Medical and sanitary report of the native army of Madras for the year
Year: 1877
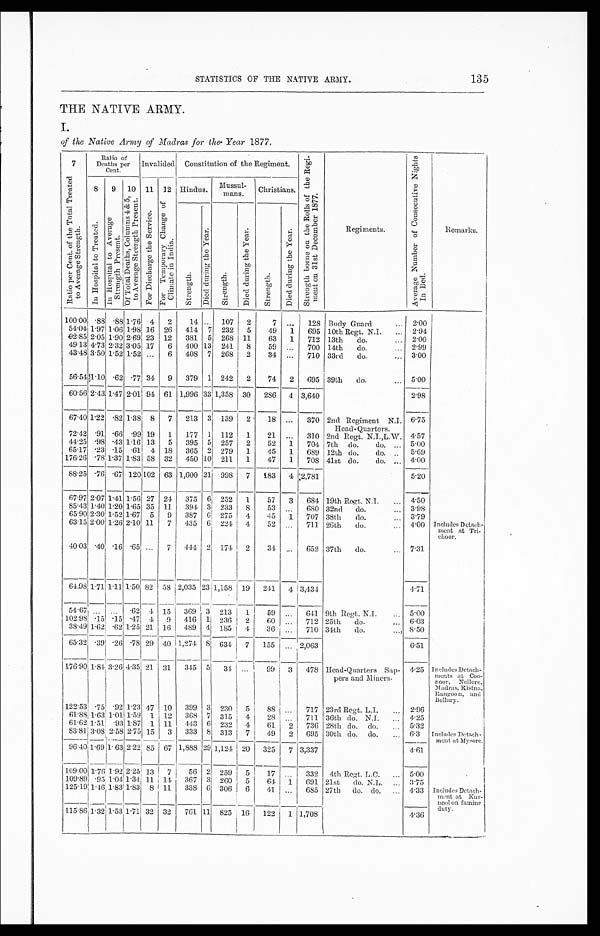
135
STATISTICS OF THE NATIVE ARMY.
THE NATIVE ARMY.
I.
of the Native Army of Madras for the Year 1877.
7
R a t i o p e r C e n t . o f t h e T o t a l T r e a t e d t o A v e r a g e S t r e n g t h .
Ratio of
Deaths per
Cent.
I n v a l i d e d
Constitution of the Regiment.
S t r e n g t h b o r n e o n t h e R o l l s o f t h e R e g i - m e n t o n 3 1 s t D e c e m b e r 1 8 7 7 .
Regiments.
A v e r a g e N u m b e r o f C o n s e c u t i v e N i g h t s I n B e d .
Remarks.
8
I n H o s p i t a l t o T r e a t e d .
9
I n H o s p i t a l t o A v e r a g e S t r e n g t h P r e s e n t .
10
O f T o t a l D e a t h s , C o l u m n s 4 & 5 , t o A v e r a g e S t r e n g t h P r e s e n t .
11
F o r D i s c h a r g e t h e S e r v i c e .
12 F o r T e m p o r a r y C h a n g e o f C l i m a t e i n I n d i a .
Hindus. Mussul-
mans.
Christians.
S t r e n g t h .
D i e d d u r i n g t h e Y e a r .
S t r e n g t h .
D i e d d u r i n g t h e Y e a r .
S t r e n g t h .
D i e d d u r i n g t h e Y e a r .
100.00
. 8 8
. 8 81.76 4 2
14 ... 107 2
7 ... 128 Body Guard
2.00
5 4 . 0 4
1.97
1 . 0 6
1.98 16 26 414 7 232 5
49 1 695 10th Regt. N.I.
2.94
92.85
2 . 0 5
1.90 2.69 23 12 381 5 268 11
63 1 712 13th do.
2.00
4 9 . 1 3
4 . 7 3
2 . 3 2
3.05 17 6 400 13 241 8
59
. . . 700 14th do.
2.99
43.48
3 . 5 0
1.52 1.52
. . . 6 408 7 268 2
34
. . . 710 33rd do.
3.00
5 6 . 5 4
1 . 1 0 . 6 2
. 7 7 34 9 379 1 242 2
74 2 695 39th do.
5.00
60.56
2 . 4 3
1.47 2.01 94 61 1,996 33 1,358 30 286 4 3,640
2.98
67.40
1 . 2 2
. 8 2 1.38 8 7 213 3 139 2
18 ... 370 2nd Regiment N.I. 6.75
Head-Quarters.
72.42
. 9 1
. 6 6 .99 19 1 177 1 112 1
21 ...
310 2nd Regt. N.I.,L.W. 4.57
44.25 .98
. 4 3 1.16 13 5 395 5 257 2
52 1 704 7th do.
do.
5.00
65.17 .23
. 1 5 .61 4 18 365 2 279 1
45 1 689 12th do.
do.
5.69
176.26
. 7 8 1.37 1.83 58 32 450 10
2 1 1 1
47 1 708 41st do.
do.
4.00
88.25
. 7 6
. 6 7 120 102 63 1,600 21 998 7 183 4 2,781
5.20
67.97 2.07 1.41 1.56 27 24 375 6 252 1
57 3 684 19th Regt. N.I. 4.50
85.43 1.40 1.20 1.65 35 11 394 3 233
8
53
. . . 680 32nd do.
3.98
65.90 2.30 1.52 1.67 5 9 387 6 275 4
45 1 707 38th do.
3.79
63.15
2 . 0 0 1.26 2.10 11 7 435 6 224 4
52
. . . 711 26th
do.
4.00 Includes Detach
- ment at Tri
-
choor.
40.03
. 4 0
. 1 6
. 6 5
. . .
7 444 2 174 2
34 ... 652 37th do.
7.31
64.98 1.71 1.11 1.50 82 58 2,035
2 3 1,158 19 241
4
3,434
4.71
54.67
. . .
. . .
. 6 2 4 15 369 3 213 1
59
. . . 641 9th Regt. N.I. 5.00
102.98 .15 .15
. 4 7 4 9 416 1 236 2
60 ... 712 25th do.
6.03
38.49 1.62
. 6 2 1.25 21 16 489 4 185
4 36
. . . 710 34th do. 8.50
65.32
. 3 9
. 2 6
. 7 8 29 40 1,274 8 634 7 155
. . . 2,063
6.51
1 7 6 . 9 0 1.84
3 . 2 6
4.35 21 31 345 5 34
. . .
99 3 478 Head-Quarters S a p -
pers and Miners.
4.25 Includes Detach
-
ments at Coo-
noor, Nellore,
Madras. Kistna,
Rangoon, and
Bellary.
122.53 .75 .92 1.23 47 10 399 3 230 15
88 ...
717 23rd Regt. L.I.
2.96
61.88 1.63 1.01 1.59 1 12 368 7 31.5
4
28
. . . 711 36th do. N.I.
4.25
61.62
1 . 5 1
. 9 3 1.87 1 11 443 6 232 4
61 2 736 28th do. do.
5.32
83.81
3 . 0 8
2 . 5 8 2.75 15 3 333 8 313 7
49 2 695 30th do. do.
6.3 Includes Detach-
ment at Mysore.
96.40 1.691.63 2.22 85 67 1,888 29 1,124 20 325 7 3,337
4.61
109.00
1 . 7 6
1 . 9 2 2.25 13 7
56 2 259 5
17 ...
332 4th Regt. L.C. 5.00
109.89 .95
1 . 0 4
1.34 11 14 367 3 260 5
64 1 691 21st do. N.L.
3.75
125.19
1 . 4 6
1 . 8 3
1.83 8 11 338 6 306 6
41
. . . 685 27th do. do.
4.33 Includes Detach-
ment at
Kur-
nool on famine
duty.
115.86 1 . 3 2
1.53 1.71 32 32 761 11 825 16 122 1 1,708
4.36